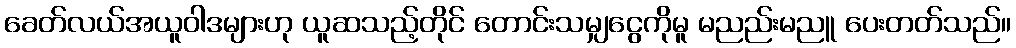
ခေတ်လယ်အယူဝါဒများဟု ယူဆသည့်တိုင် တောင်းသမျှငွေကိုမူ မညည်းမညူ ပေးတတ်သည်။